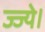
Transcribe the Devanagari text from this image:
ज्ज्ये।